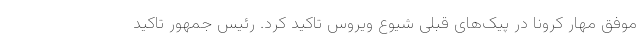
موفق مهار کرونا در پیک‌های قبلی شیوع ویروس تاکید کرد. رئیس جمهور تاکید